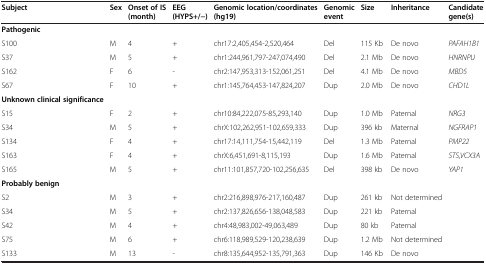
<table><thead><tr><td><b>Subject</b></td><td><b>Sex</b></td><td><b>Onset of IS (month)</b></td><td><b>EEG (HYPS+/-)</b></td><td><b>Genomic location/coordinates (hg19)</b></td><td><b>Genomic event</b></td><td><b>Size</b></td><td><b>Inheritance</b></td><td><b>Candidate gene(s)</b></td></tr></thead><tbody><tr><td><b>Pathogenic</b></td><td> </td><td> </td><td> </td><td> </td><td> </td><td> </td><td> </td><td> </td></tr><tr><td>S100</td><td>M</td><td>4</td><td>+</td><td>chr17:2,405,454-2,520,464</td><td>Del</td><td>115 Kb</td><td>De novo</td><td><i>PAFAH1B1</i></td></tr><tr><td>S37</td><td>M</td><td>5</td><td>+</td><td>chr1:244,961,797-247,074,490</td><td>Del</td><td>2.1 Mb</td><td>De novo</td><td><i>HNRNPU</i></td></tr><tr><td>S162</td><td>F</td><td>6</td><td>-</td><td>chr2:147,953,313-152,061,251</td><td>Del</td><td>4.1 Mb</td><td>De novo</td><td><i>MBD5</i></td></tr><tr><td>S67</td><td>F</td><td>10</td><td>+</td><td>chr1:145,764,453-147,824,207</td><td>Dup</td><td>2.0 Mb</td><td>De novo</td><td><i>CHD1L</i></td></tr><tr><td><b>Unknown clinical significance</b></td><td> </td><td> </td><td> </td><td> </td><td> </td><td> </td><td> </td><td> </td></tr><tr><td>S15</td><td>F</td><td>2</td><td>+</td><td>chr10:84,222,075-85,293,140</td><td>Dup</td><td>1.0 Mb</td><td>Paternal</td><td><i>NRG3</i></td></tr><tr><td>S34</td><td>M</td><td>5</td><td>+</td><td>chrX:102,262,951-102,659,333</td><td>Dup</td><td>396 kb</td><td>Maternal</td><td><i>NGFRAP1</i></td></tr><tr><td>S134</td><td>F</td><td>4</td><td>+</td><td>chr17:14,111,754-15,442,119</td><td>Del</td><td>1.3 Mb</td><td>Paternal</td><td><i>PMP22</i></td></tr><tr><td>S163</td><td>F</td><td>4</td><td>+</td><td>chrX:6,451,691-8,115,193</td><td>Dup</td><td>1.6 Mb</td><td>Paternal</td><td><i>STS,VCX3A</i></td></tr><tr><td>S165</td><td>M</td><td>5</td><td>+</td><td>chr11:101,857,720-102,256,635</td><td>Del</td><td>398 kb</td><td>De novo</td><td><i>YAP1</i></td></tr><tr><td><b>Probably benign</b></td><td> </td><td> </td><td> </td><td> </td><td> </td><td> </td><td> </td><td> </td></tr><tr><td>S2</td><td>M</td><td>3</td><td>+</td><td>chr2:216,898,976-217,160,487</td><td>Dup</td><td>261 kb</td><td>Not determined</td><td> </td></tr><tr><td>S34</td><td>M</td><td>5</td><td>+</td><td>chr2:137,826,656-138,048,583</td><td>Dup</td><td>221 kb</td><td>Paternal</td><td> </td></tr><tr><td>S42</td><td>M</td><td>4</td><td>+</td><td>chr4:48,983,002-49,063,489</td><td>Dup</td><td>80 kb</td><td>Paternal</td><td> </td></tr><tr><td>S75</td><td>M</td><td>6</td><td>+</td><td>chr6:118,989,529-120,238,639</td><td>Dup</td><td>1.2 Mb</td><td>Not determined</td><td> </td></tr><tr><td>S133</td><td>M</td><td>13</td><td>-</td><td>chr8:135,644,952-135,791,363</td><td>Dup</td><td>146 Kb</td><td>De novo</td><td> </td></tr></tbody></table>